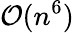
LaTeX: \mathcal{O}(n^{6})